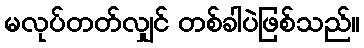
မလုပ်တတ်လျှင် တစ်ခါပဲဖြစ်သည်။